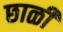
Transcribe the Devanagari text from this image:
छाळी